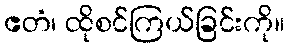
ဧတံ၊ ထိုစင်ကြယ်ခြင်းကို။